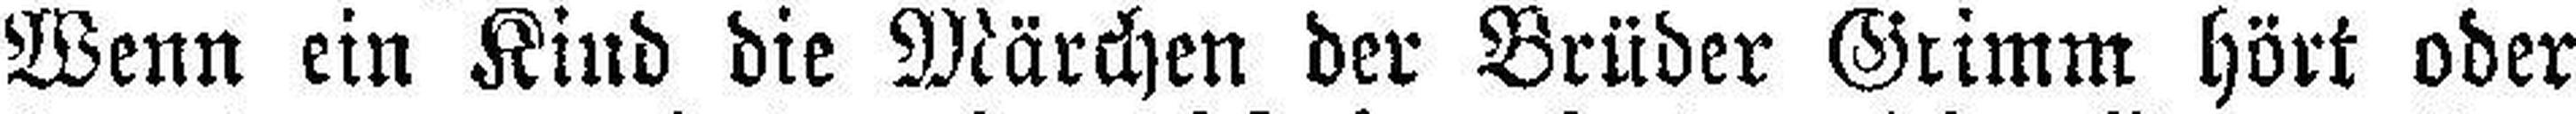
Wenn ein Kind die Märchen der Brüder Grimm hört oder